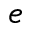
e